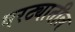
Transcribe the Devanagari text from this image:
घरट्यातील